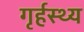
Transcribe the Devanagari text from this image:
गृर्हस्थ्य